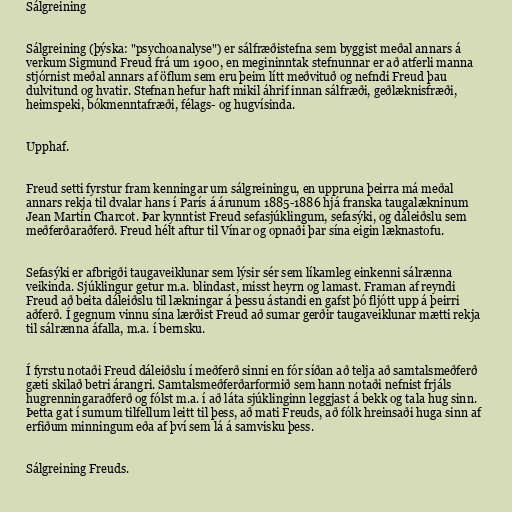
Sálgreining

Sálgreining (þýska: "psychoanalyse") er sálfræðistefna sem byggist meðal annars á
verkum Sigmund Freud frá um 1900, en megininntak stefnunnar er að atferli manna
stjórnist meðal annars af öflum sem eru þeim lítt meðvituð og nefndi Freud þau
dulvitund og hvatir. Stefnan hefur haft mikil áhrif innan sálfræði, geðlæknisfræði,
heimspeki, bókmenntafræði, félags- og hugvísinda.

Upphaf.

Freud setti fyrstur fram kenningar um sálgreiningu, en uppruna þeirra má meðal
annars rekja til dvalar hans í París á árunum 1885-1886 hjá franska taugalækninum
Jean Martin Charcot. Þar kynntist Freud sefasjúklingum, sefasýki, og dáleiðslu sem
meðferðaraðferð. Freud hélt aftur til Vínar og opnaði þar sína eigin læknastofu.

Sefasýki er afbrigði taugaveiklunar sem lýsir sér sem líkamleg einkenni sálrænna
veikinda. Sjúklingur getur m.a. blindast, misst heyrn og lamast. Framan af reyndi
Freud að beita dáleiðslu til lækningar á þessu ástandi en gafst þó fljótt upp á þeirri
aðferð. Í gegnum vinnu sína lærðist Freud að sumar gerðir taugaveiklunar mætti rekja
til sálrænna áfalla, m.a. í bernsku.

Í fyrstu notaði Freud dáleiðslu í meðferð sinni en fór síðan að telja að samtalsmeðferð
gæti skilað betri árangri. Samtalsmeðferðarformið sem hann notaði nefnist frjáls
hugrenningaraðferð og fólst m.a. í að láta sjúklinginn leggjast á bekk og tala hug sinn.
Þetta gat í sumum tilfellum leitt til þess, að mati Freuds, að fólk hreinsaði huga sinn af
erfiðum minningum eða af því sem lá á samvisku þess.

Sálgreining Freuds.